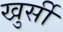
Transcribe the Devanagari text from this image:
खुर्सी